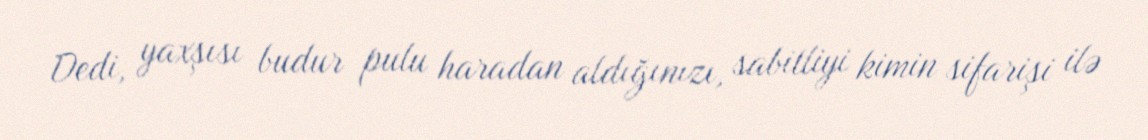
Dedi, yaxşısı budur pulu haradan aldığınızı, sabitliyi kimin sifarişi ilə